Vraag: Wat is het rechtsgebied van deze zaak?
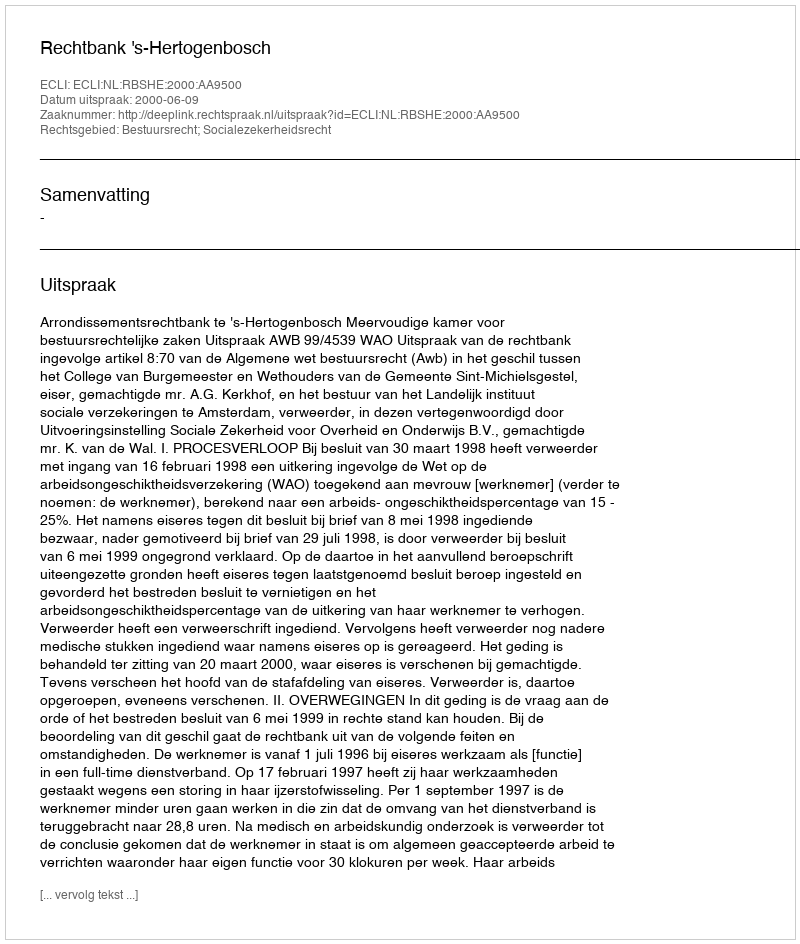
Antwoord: Bestuursrecht; Socialezekerheidsrecht